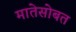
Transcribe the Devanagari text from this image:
मातेसोबत